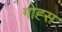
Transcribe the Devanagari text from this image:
गोह्स